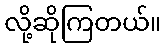
လို့ဆိုကြတယ်။